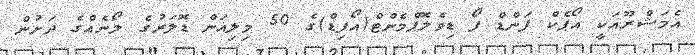
އެމަޝްރޫއަކީ އޯޕެކް ފަންޑް ފޯ ޑިވެލޮޕްމެންޓް(އޯފިޑް)ގެ 50 މިލިއަން ޑޮލަރުގެ ލޯނެއްގެ ދަށުން